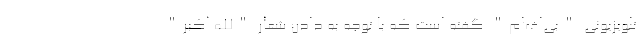
تلویزیونی "بی‌اف‌ام" گفته است که با توجه به دادن شعار "الله اکبر"